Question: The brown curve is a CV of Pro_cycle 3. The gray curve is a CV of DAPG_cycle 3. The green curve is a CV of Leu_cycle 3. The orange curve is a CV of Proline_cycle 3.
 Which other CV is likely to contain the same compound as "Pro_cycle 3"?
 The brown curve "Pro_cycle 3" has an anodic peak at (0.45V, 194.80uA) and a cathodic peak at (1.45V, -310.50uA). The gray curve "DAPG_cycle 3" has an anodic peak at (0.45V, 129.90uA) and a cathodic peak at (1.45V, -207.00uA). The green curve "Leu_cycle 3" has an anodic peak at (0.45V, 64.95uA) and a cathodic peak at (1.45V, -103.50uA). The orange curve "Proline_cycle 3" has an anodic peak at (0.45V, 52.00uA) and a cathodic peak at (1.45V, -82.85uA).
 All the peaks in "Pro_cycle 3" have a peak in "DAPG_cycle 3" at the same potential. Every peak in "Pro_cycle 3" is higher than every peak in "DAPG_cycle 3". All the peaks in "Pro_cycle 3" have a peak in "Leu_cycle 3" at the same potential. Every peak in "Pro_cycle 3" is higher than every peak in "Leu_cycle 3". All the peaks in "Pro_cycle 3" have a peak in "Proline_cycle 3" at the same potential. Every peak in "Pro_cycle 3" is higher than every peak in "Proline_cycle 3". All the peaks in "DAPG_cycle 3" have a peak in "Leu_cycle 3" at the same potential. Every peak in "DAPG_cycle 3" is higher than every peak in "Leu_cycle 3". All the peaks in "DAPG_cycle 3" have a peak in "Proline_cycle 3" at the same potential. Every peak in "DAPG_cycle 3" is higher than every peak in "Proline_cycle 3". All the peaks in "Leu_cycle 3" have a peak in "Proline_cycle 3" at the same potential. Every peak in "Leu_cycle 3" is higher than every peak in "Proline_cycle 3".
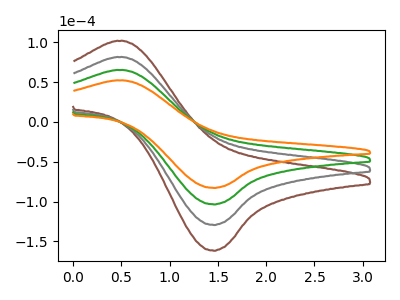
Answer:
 <answer>"Pro_cycle 3", "DAPG_cycle 3" and "Leu_cycle 3" have a similar shape to "Proline_cycle 3".</answer>
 <eval>"Pro_cycle 3" "DAPG_cycle 3" "Leu_cycle 3"</eval>